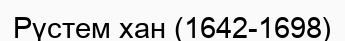
Рүстем хан (1642-1698)